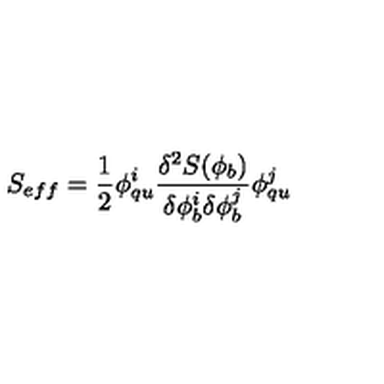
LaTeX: S _ { e f f } = \frac { 1 } { 2 } \phi _ { q u } ^ { i } \frac { \delta ^ { 2 } S ( \phi _ { b } ) } { \delta \phi _ { b } ^ { i } \delta \phi _ { b } ^ { j } } \phi _ { q u } ^ { j }